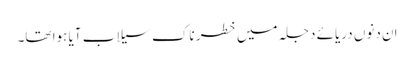
ان دنوں دریائے دجلہ میں خطر ناک سیلاب آیا ہوا تھا۔